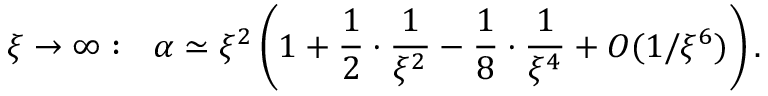
\xi \rightarrow \infty : \ \ \alpha \simeq \xi ^ { 2 } \left( 1 + \frac { 1 } { 2 } \cdot \frac { 1 } { \xi ^ { 2 } } - \frac { 1 } { 8 } \cdot \frac { 1 } { \xi ^ { 4 } } + { \cal O } ( 1 / \xi ^ { 6 } ) \right) .